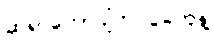
ဆရာတော်ပျံက ပွဲတွေနဲ့